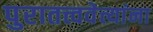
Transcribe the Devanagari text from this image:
पुरातत्त्ववेत्त्यांना